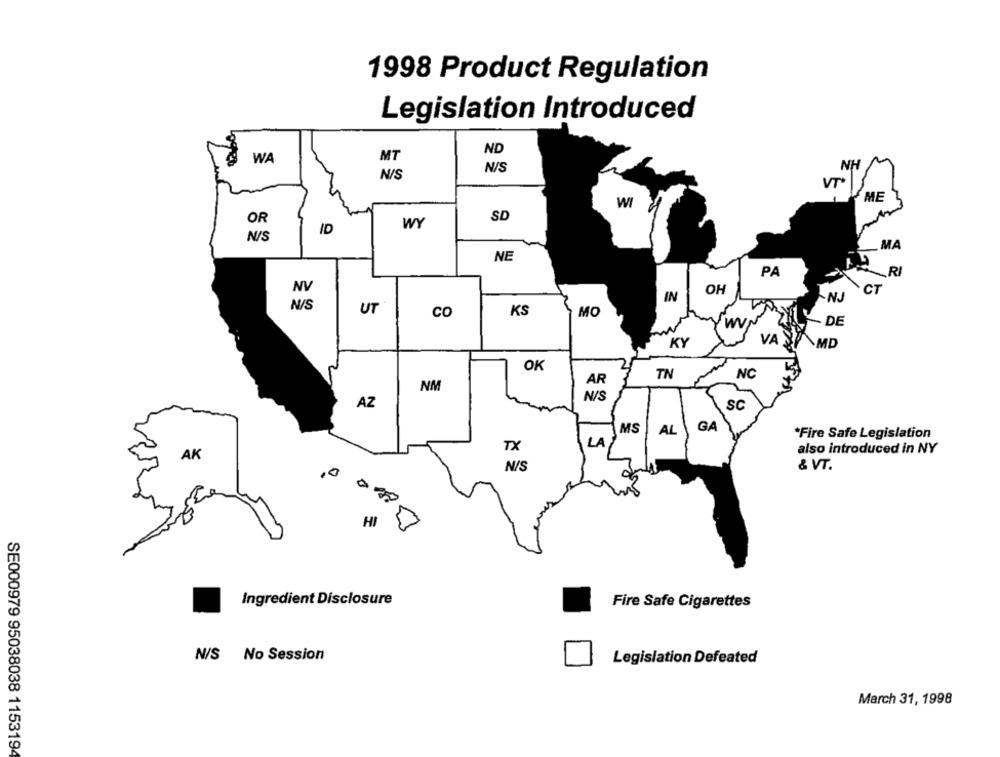
1998 Product Regulation
Legislation Introduced
ND
WA
MT
NH
N/S
N/S
VT
ME
WI
OR
SD
WY
ID
N/S
MA
NE
PA
.RI
NV
OH
CT
IN
NJ
N/S
UT
CO
KS
MO
Ïwv
DE
VA
KY
MD
OK
TN
NC
NM
AR
N/S
AZ
SC
MS
AL
GA
*Fire Safe Legislation
LA
TX
also introduced in NY
AK
N/S
& VT.
,0
HI
5
Ingredient Disclosure
Fire Safe Cigarettes
N/S No Session
Legislation Defeated
March 31, 1998
SE000979 95038038 1153194